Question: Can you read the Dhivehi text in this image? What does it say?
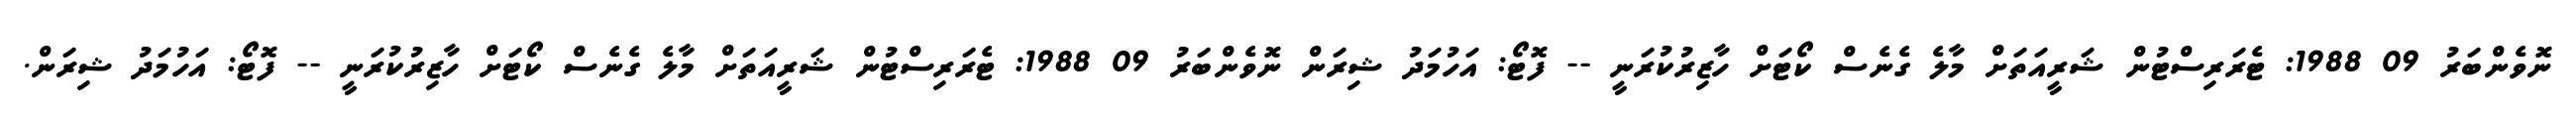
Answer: ނޮވެންބަރު 09 1988: ޓެރަރިސްޓުން ޝަރީއަތަށް މާލެ ގެނެސް ކޯޓަށް ހާޒިރުކުރަނީ -- ފޮޓޯ: އަހުމަދު ޝިރަން ނޮވެންބަރު 09 1988: ޓެރަރިސްޓުން ޝަރީއަތަށް މާލެ ގެނެސް ކޯޓަށް ހާޒިރުކުރަނީ -- ފޮޓޯ: އަހުމަދު ޝިރަން.